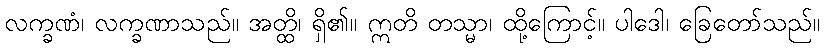
လက္ခဏံ၊ လက္ခဏာသည်။ အတ္ထိ၊ ရှိ၏။ ဣတိ တသ္မာ၊ ထို့ကြောင့်။ ပါဒေါ၊ ခြေတော်သည်။